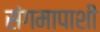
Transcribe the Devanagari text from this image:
संगमापाशी